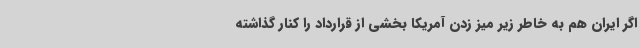
اگر ایران هم به خاطر زیر میز زدن آمریکا بخشی از قرارداد را کنار گذاشته